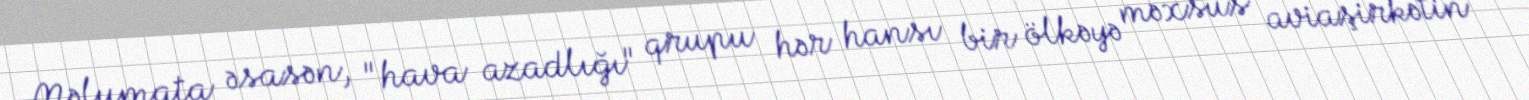
Məlumata əsasən, "hava azadlığı" qrupu hər hansı bir ölkəyə məxsus aviaşirkətin